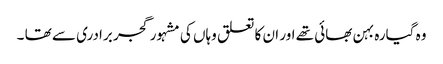
وہ گیارہ بہن بھائی تھے اور ان کا تعلق وہاں کی مشہور گجر برادری سے تھا ۔